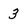
Character: 3